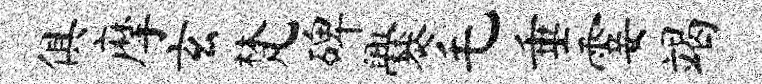
俱摩玄梵碑爨毛垂霎竭